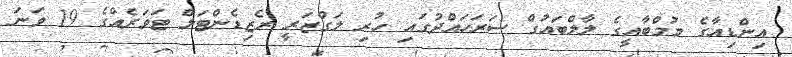
އިންޑިއާގެ މުމްބާއީގެ ލާލްބައުގް ސަރަހައްދުގައި ހުރި ލަގްޒަރީ ރެޒިޑެންޓަލް ޓަވަރެއްގެ 19 ވަނަ